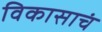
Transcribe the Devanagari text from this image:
विकासाचं